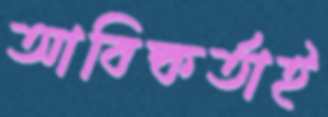
আবিষ্কর্তাই